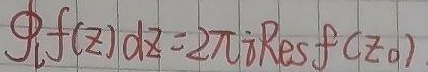
\[\oint_{l}f(z)dz = 2\pi i\mathrm{Res}f(z_{0})\]